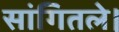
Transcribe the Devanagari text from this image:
सांगितले।